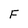
Character: F